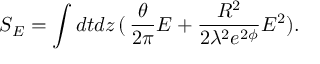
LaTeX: S _ { E } = \int d t d z \, ( \, \frac { \theta } { 2 \pi } E + \frac { R ^ { 2 } } { 2 \lambda ^ { 2 } e ^ { 2 \phi } } E ^ { 2 } ) .